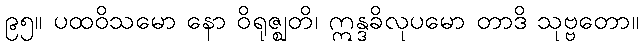
၉၅။ ပထဝိသမော နော ဝိရုဇ္ဈတိ၊ ဣန္ဒခိလုပမော တာဒိ သုဗ္ဗတော။